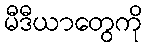
မီဒီယာတွေကို